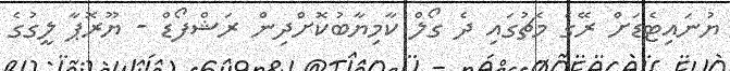
ޔުނައިޓެޑަށް ރޭގެ މެޗުގައި ދެ ގޯލް ކާމިޔާބުކޮށްދިން ރަޝްފޯޑް - ޔޫރޮޕާ ލީގުގެ